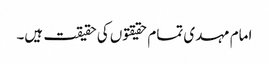
امام مہدی تمام حقیقتوں کی حقیقت ہیں۔